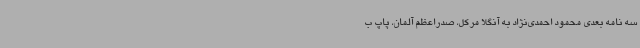
سه نامه بعدی محمود احمدی‌نژاد به آنگلا مرکل، صدراعظم آلمان، پاپ ب